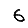
Digit: 6